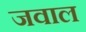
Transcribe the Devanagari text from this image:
जवाल